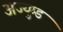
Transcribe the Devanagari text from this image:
अज्युम्ड